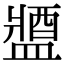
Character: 𨡰